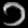
Digit: ၁